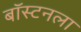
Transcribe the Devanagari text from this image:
बॉस्टनला